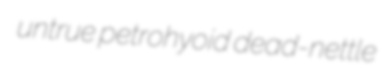
untrue petrohyoid dead-nettle